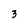
Character: 3